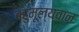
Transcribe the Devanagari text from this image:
बहुमूल्यवान